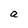
Character: a